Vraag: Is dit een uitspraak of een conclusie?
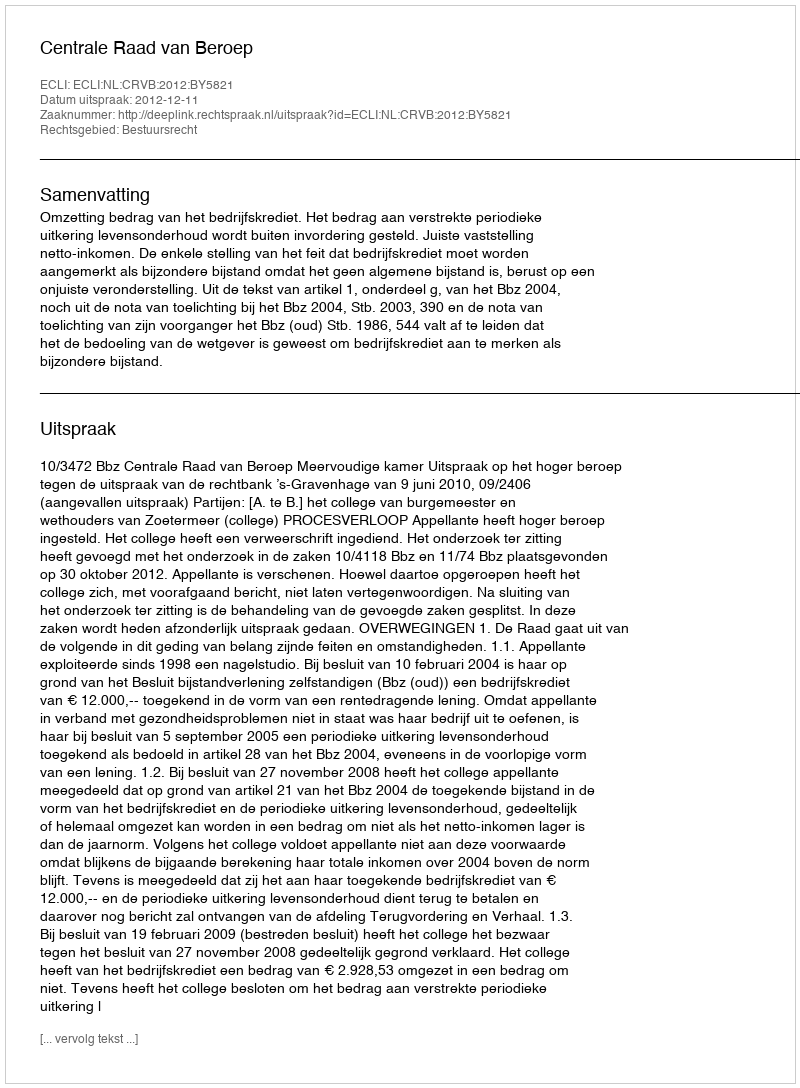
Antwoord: Uitspraak